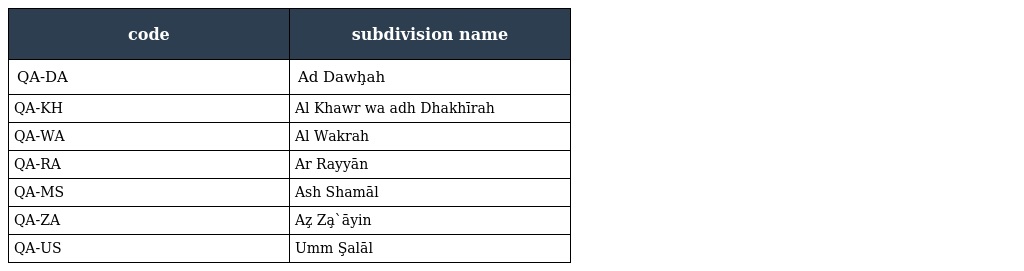
| code | subdivision name |
 | --- | --- |
 | QA-DA | Ad Dawḩah |
 | QA-KH | Al Khawr wa adh Dhakhīrah |
 | QA-WA | Al Wakrah |
 | QA-RA | Ar Rayyān |
 | QA-MS | Ash Shamāl |
 | QA-ZA | Az̧ Za̧`āyin |
 | QA-US | Umm Şalāl |